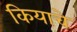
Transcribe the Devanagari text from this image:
कियाचे